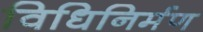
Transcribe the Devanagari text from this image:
विधिनिर्मण